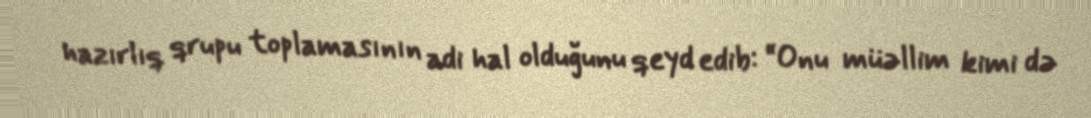
hazırlıq qrupu toplamasının adi hal olduğunu qeyd edib: “Onu müəllim kimi də